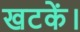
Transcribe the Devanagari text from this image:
खटकें।